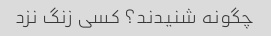
چگونه شنیدند؟ کسی زنگ نزد